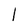
Character: l